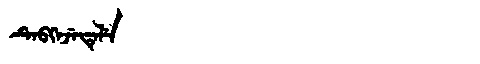
Manchu: ᡨᡝᠪᡴᡝᠵᡝᡨᡝᠯᡝ
Romanization: TEBKEJETELE